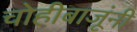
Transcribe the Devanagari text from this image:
चोहीबाजूंनी